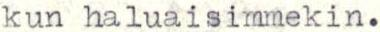
kun haluaisimmekin.